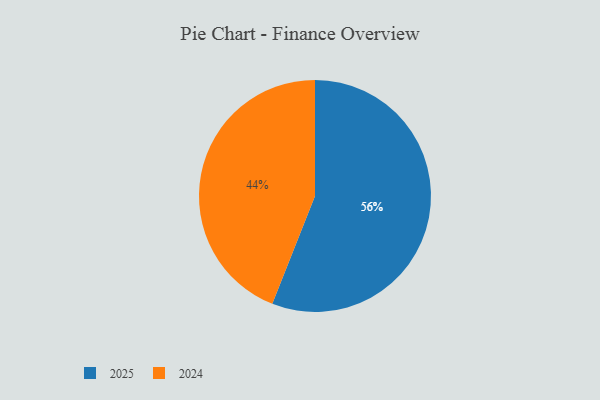
{"axis": {"x": "Category", "y": "Percentage"}, "legend": ["2024", "2025"], "data": [{"x": "2025", "y": 56, "type": "2025"}, {"x": "2024", "y": 44, "type": "2024"}]}